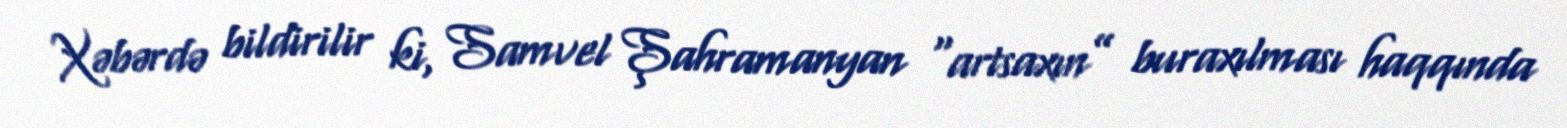
Xəbərdə bildirilir ki, Samvel Şahramanyan “artsaxın” buraxılması haqqında